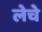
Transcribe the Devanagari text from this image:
लेचे